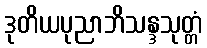
ဒုတိယပုညာဘိသန္ဒသုတ္တံ